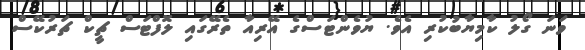
ވަނަ ގޯލު ކާމިޔާބުކުރި އެވެ. ޔުވެންޓަސްގެ އޭރިއާ ތެރޭގައި ލޮފްޓަސް ޗީކް ޗަރުކޭސް